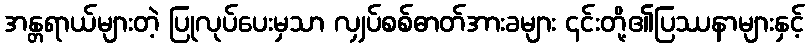
အန္တရာယ်များတဲ့ ပြုလုပ်ပေးမှသာ လျှပ်စစ်ဓာတ်အားခများ ၎င်းတို့၏ပြဿနာများနှင့်